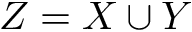
Z = X \cup Y